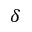
\delta